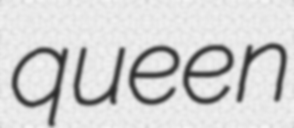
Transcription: queen